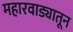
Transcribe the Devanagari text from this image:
महारवाड्यातून